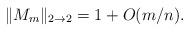
LaTeX: \begin{align*} \|M_m\|_{2\to 2} = 1 + O(m/n).\end{align*}